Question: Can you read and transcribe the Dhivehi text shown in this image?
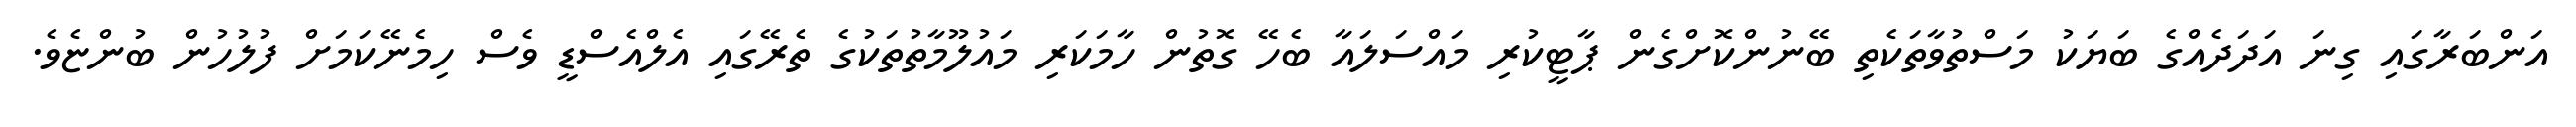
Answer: އަންބަރާގައި ގިނަ އަދަދެއްގެ ބަޔަކު މަސްތުވާތަކެތި ބޭނުންކޮށްގެން ޕާޓީކުރި މައްސަލައާ ބެހޭ ގޮތުން ހާމަކަރި މައުލޫމާތުތަކުގެ ތެރޭގައި އެލްއެސްޑީ ވެސް ހިމެނޭކަމަށް ފުލުހުން ބުންޏެވެ.